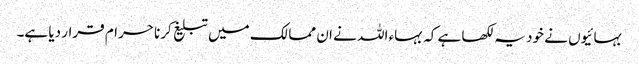
بہائیوں نے خود یہ لکھا ہے کہ بہاء اللہ نے ان ممالک میں تبلیغ کرنا حرام قرار دیا ہے۔